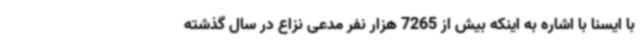
با ایسنا با اشاره به اینکه بیش از 7265 هزار نفر مدعی نزاع در سال گذشته